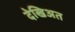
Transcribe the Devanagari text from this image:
देखिअत